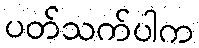
ပတ်သက်ပါက